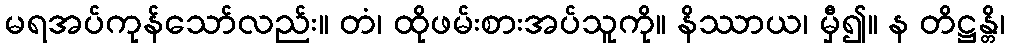
မရအပ်ကုန်သော်လည်း။ တံ၊ ထိုဖမ်းစားအပ်သူကို။ နိဿာယ၊ မှီ၍။ န တိဋ္ဌန္တိ၊